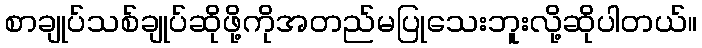
စာချုပ်သစ်ချုပ်ဆိုဖို့ကိုအတည်မပြုသေးဘူးလို့ဆိုပါတယ်။